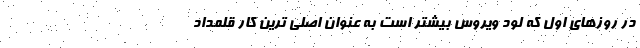
در روزهای اول که لود ویروس بیشتر است به عنوان اصلی ترین کار قلمداد